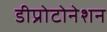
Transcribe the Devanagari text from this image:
डीप्रोटोनेशन